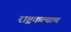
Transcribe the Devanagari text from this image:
राष्ट्रकल्याण